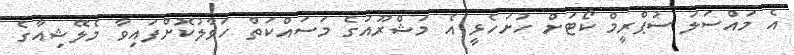
އެ މައްސަލަ ސުޕްރީމް ކޯޓަށް ހުށަހެޅީ އެ މަޝްރޫއުގެ މަސައްކަތް ހަވާލުކޮށްފައިވާ މެލޭޝިއާގެ